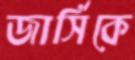
জার্সিকে